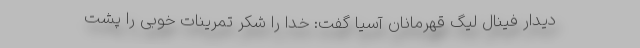
دیدار فینال لیگ قهرمانان آسیا گفت: خدا را شکر تمرینات خوبی را پشت